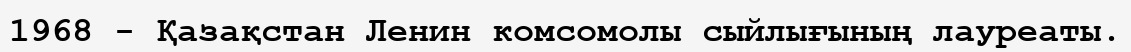
1968 - Қазақстан Ленин комсомолы сыйлығының лауреаты.